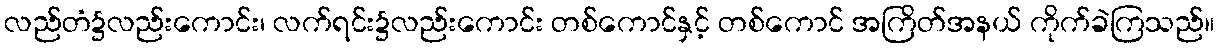
လည်တံ၌လည်းကောင်း၊ လက်ရင်း၌လည်းကောင်း တစ်ကောင်နှင့် တစ်ကောင် အကြိတ်အနယ် ကိုက်ခဲကြသည်။